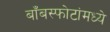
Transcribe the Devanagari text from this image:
बाँबस्फोटांमध्ये